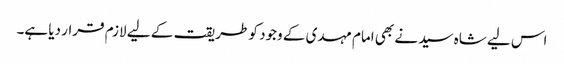
اس لیے شاہ سید نے بھی امام مہدی کے وجود کو طریقت کے لیے لازم قرار دیا ہے۔